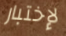
لإختبار